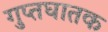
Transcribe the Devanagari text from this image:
गुप्तघातक